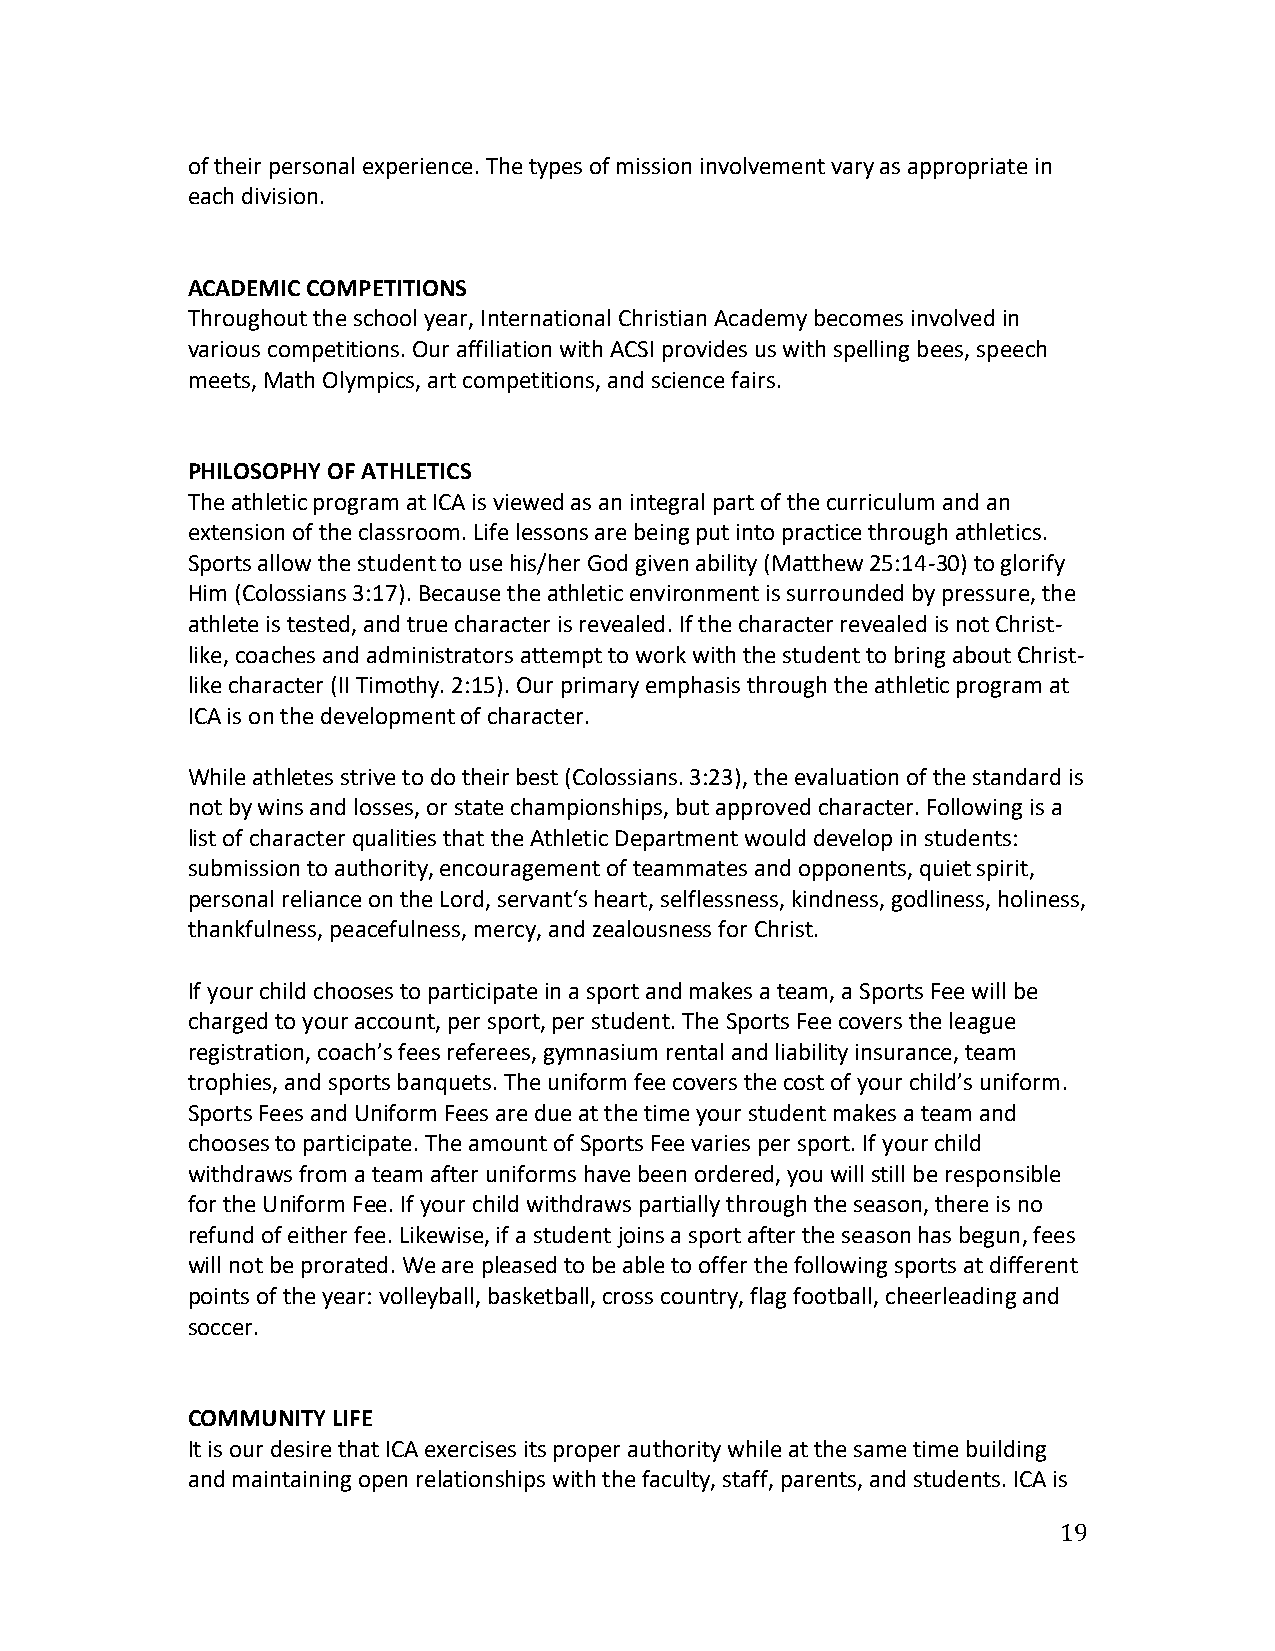
of their personal experience. The types of mission involvement vary as appropriate in
 each division.
 ACADEMIC COMPETITIONS
 Throughout the school year, International Christian Academy becomes involved in
 various competitions. Our affiliation with ACSI provides us with spelling bees, speech
 meets, Math Olympics, art competitions, and science fairs.
 PHILOSOPHY OF ATHLETICS
 The athletic program at ICA is viewed as an integral part of the curriculum and an
 extension of the classroom. Life lessons are being put into practice through athletics.
 Sports allow the student to use his/her God given ability (Matthew 25:14-30) to glorify
 Him (Colossians 3:17). Because the athletic environment is surrounded by pressure, the
 athlete is tested, and true character is revealed. If the character revealed is not Christ-
 like, coaches and administrators attempt to work with the student to bring about Christ-
 like character (II Timothy. 2:15). Our primary emphasis through the athletic program at
 ICA is on the development of character.
 While athletes strive to do their best (Colossians. 3:23), the evaluation of the standard is
 not by wins and losses, or state championships, but approved character. Following is a
 list of character qualities that the Athletic Department would develop in students:
 submission to authority, encouragement of teammates and opponents, quiet spirit,
 personal reliance on the Lord, servant‘s heart, selflessness, kindness, godliness, holiness,
 thankfulness, peacefulness, mercy, and zealousness for Christ.
 If your child chooses to participate in a sport and makes a team, a Sports Fee will be
 charged to your account, per sport, per student. The Sports Fee covers the league
 registration, coach’s fees referees, gymnasium rental and liability insurance, team
 trophies, and sports banquets. The uniform fee covers the cost of your child’s uniform.
 Sports Fees and Uniform Fees are due at the time your student makes a team and
 chooses to participate. The amount of Sports Fee varies per sport. If your child
 withdraws from a team after uniforms have been ordered, you will still be responsible
 for the Uniform Fee. If your child withdraws partially through the season, there is no
 refund of either fee. Likewise, if a student joins a sport after the season has begun, fees
 will not be prorated. We are pleased to be able to offer the following sports at different
 points of the year: volleyball, basketball, cross country, flag football, cheerleading and
 soccer.
 COMMUNITY LIFE
 It is our desire that ICA exercises its proper authority while at the same time building
 and maintaining open relationships with the faculty, staff, parents, and students. ICA is
 19